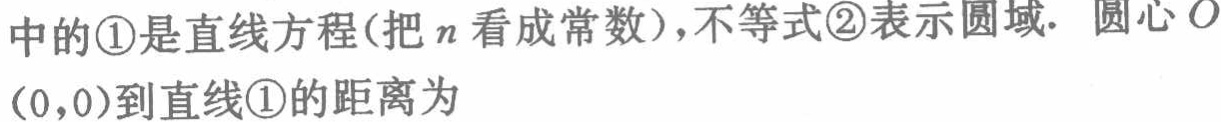
中的\textcircled{1}是直线方程(把\(n\)看成常数)，不等式\textcircled{2}表示圆域. 圆心\(O\)

\((0,0)\)到直线\textcircled{1}的距离为